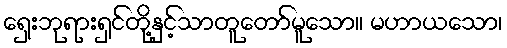
ရှေးဘုရားရှင်တို့နှင့်သာတူတော်မူသော။ မဟာယသော၊